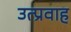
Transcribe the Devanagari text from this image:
उत्प्रवाह